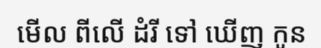
មើល ពីលើ ដំរី ទៅ ឃើញ កូន